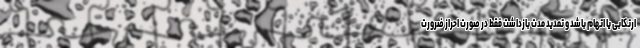
ارتکابی یا اتهام باشد و تمدید مدت بازداشت فقط در صورت احراز ضرورت